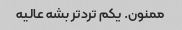
ممنون. یکم ترد‌تر بشه عالیه